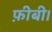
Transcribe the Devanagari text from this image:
फ़ीबी।